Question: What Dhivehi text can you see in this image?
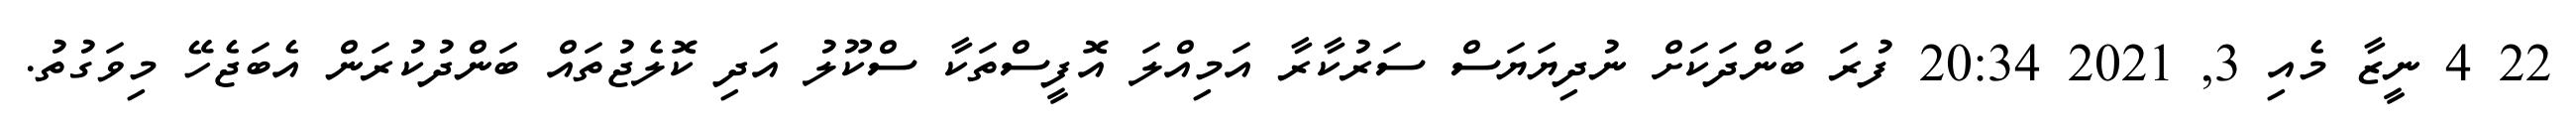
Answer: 22 4 ނީޒާ މެއި 3, 2021 20:34 ފުރަ ބަންދަކަށް ނުދިޔަޔަސް ސަރުކާރާ އަމިއްލަ އޮފީސްތަކާ ސްކޫލު އަދި ކޮލެޖުތައް ބަންދުކުރަން އެބަޖެހޭ މިވަގުތު.